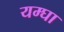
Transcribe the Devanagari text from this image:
यम्घा